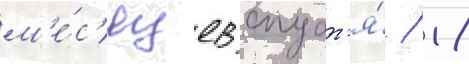
м'е́с'яцев спуст'я́ / 18